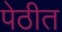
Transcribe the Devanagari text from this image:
पेठीत